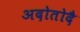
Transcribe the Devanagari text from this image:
अदोतोदै